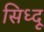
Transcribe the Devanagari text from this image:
सिध्दू